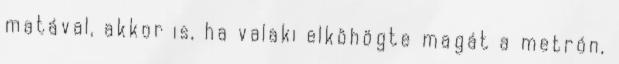
matával, akkor is, ha valaki elköhögte magát a metrón,